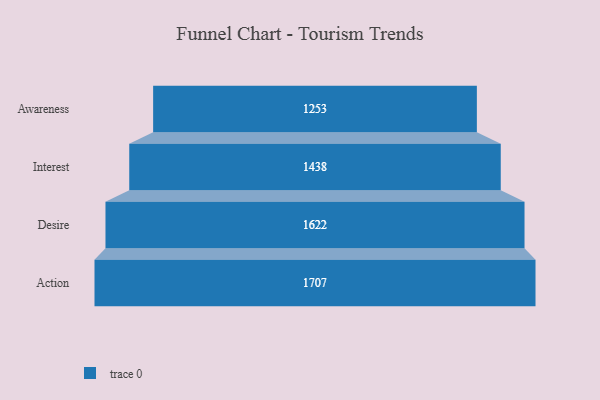
{"axis": {"x": "Stage", "y": "Value"}, "legend": [""], "data": [{"x": "Awareness", "y": 1253.0, "type": ""}, {"x": "Interest", "y": 1438.0, "type": ""}, {"x": "Desire", "y": 1622.0, "type": ""}, {"x": "Action", "y": 1707.0, "type": ""}]}